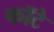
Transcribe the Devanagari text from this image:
कॉटे